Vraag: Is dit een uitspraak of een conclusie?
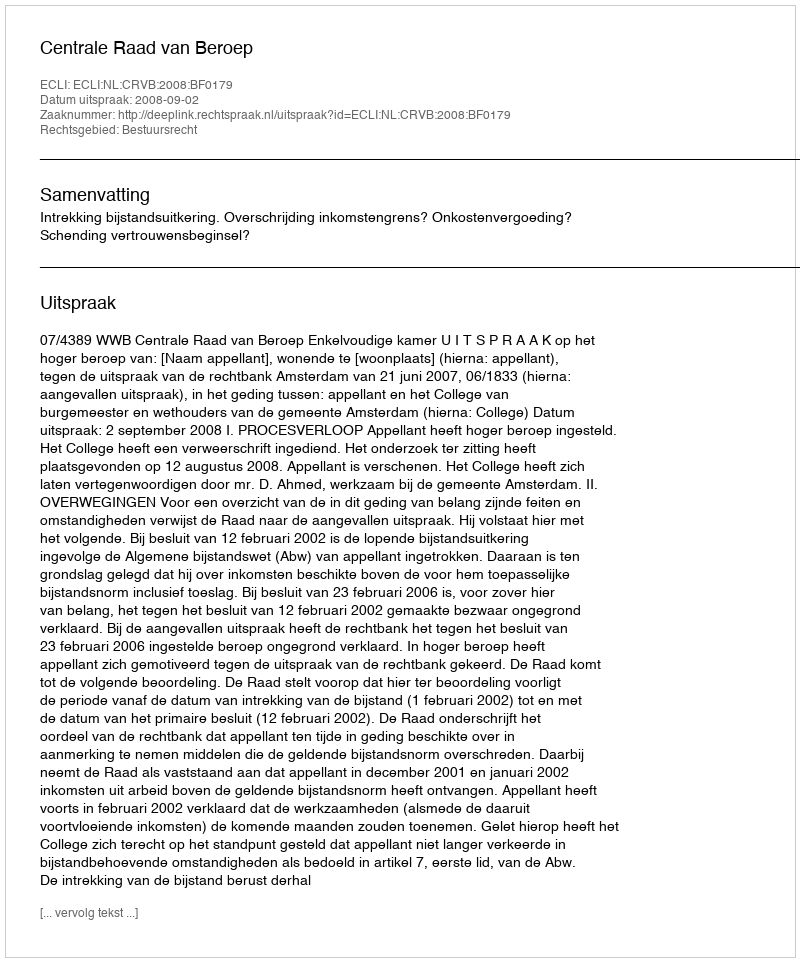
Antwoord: Uitspraak